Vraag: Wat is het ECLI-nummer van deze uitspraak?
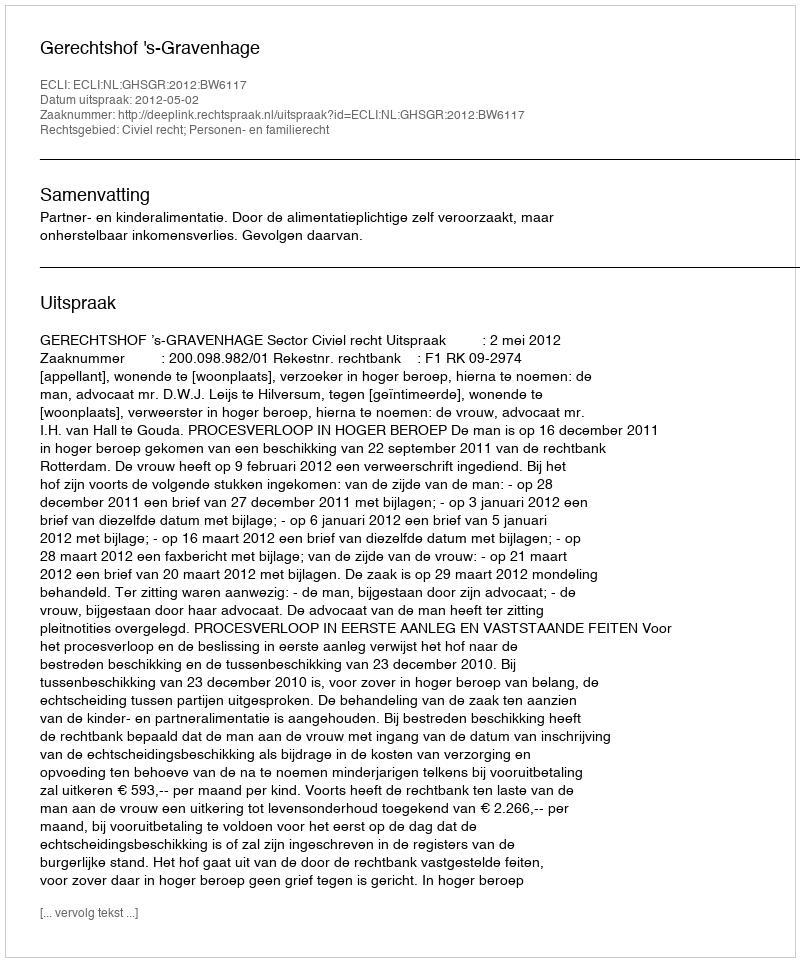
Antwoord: ECLI:NL:GHSGR:2012:BW6117